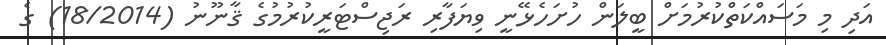
އަދި މި މަސައްކަތްކުރުމަށް ބީލަން ހުށަހެޅޭނީ ވިޔަފާރި ރަޖިސްޓަރީކުރުމުގެ ޤާނޫނު (18/2014) ގެ